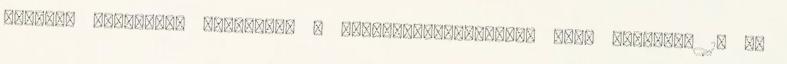
tartott nyilvános üléséről. A képviselő-testületi ülés kezdete: 18 00